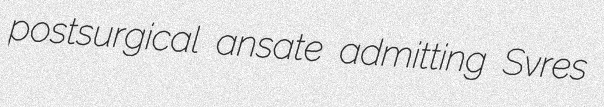
postsurgical ansate admitting Svres